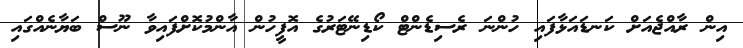
އިން ރާއްޖެއަށް ކަނޑައަޅާފައި ހުންނަ ރެސިޑެންޓް ކޯޑިނޭޓަރުގެ އޮފީހުން އާންމުކޮށްފައިވާ ނޫސް ބަޔާނެއްގައި